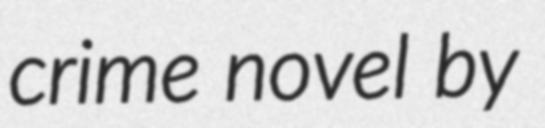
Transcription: crime novel by